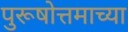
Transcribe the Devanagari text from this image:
पुरूषोत्तमाच्या